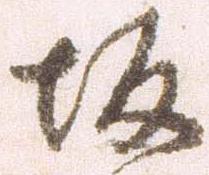
坂